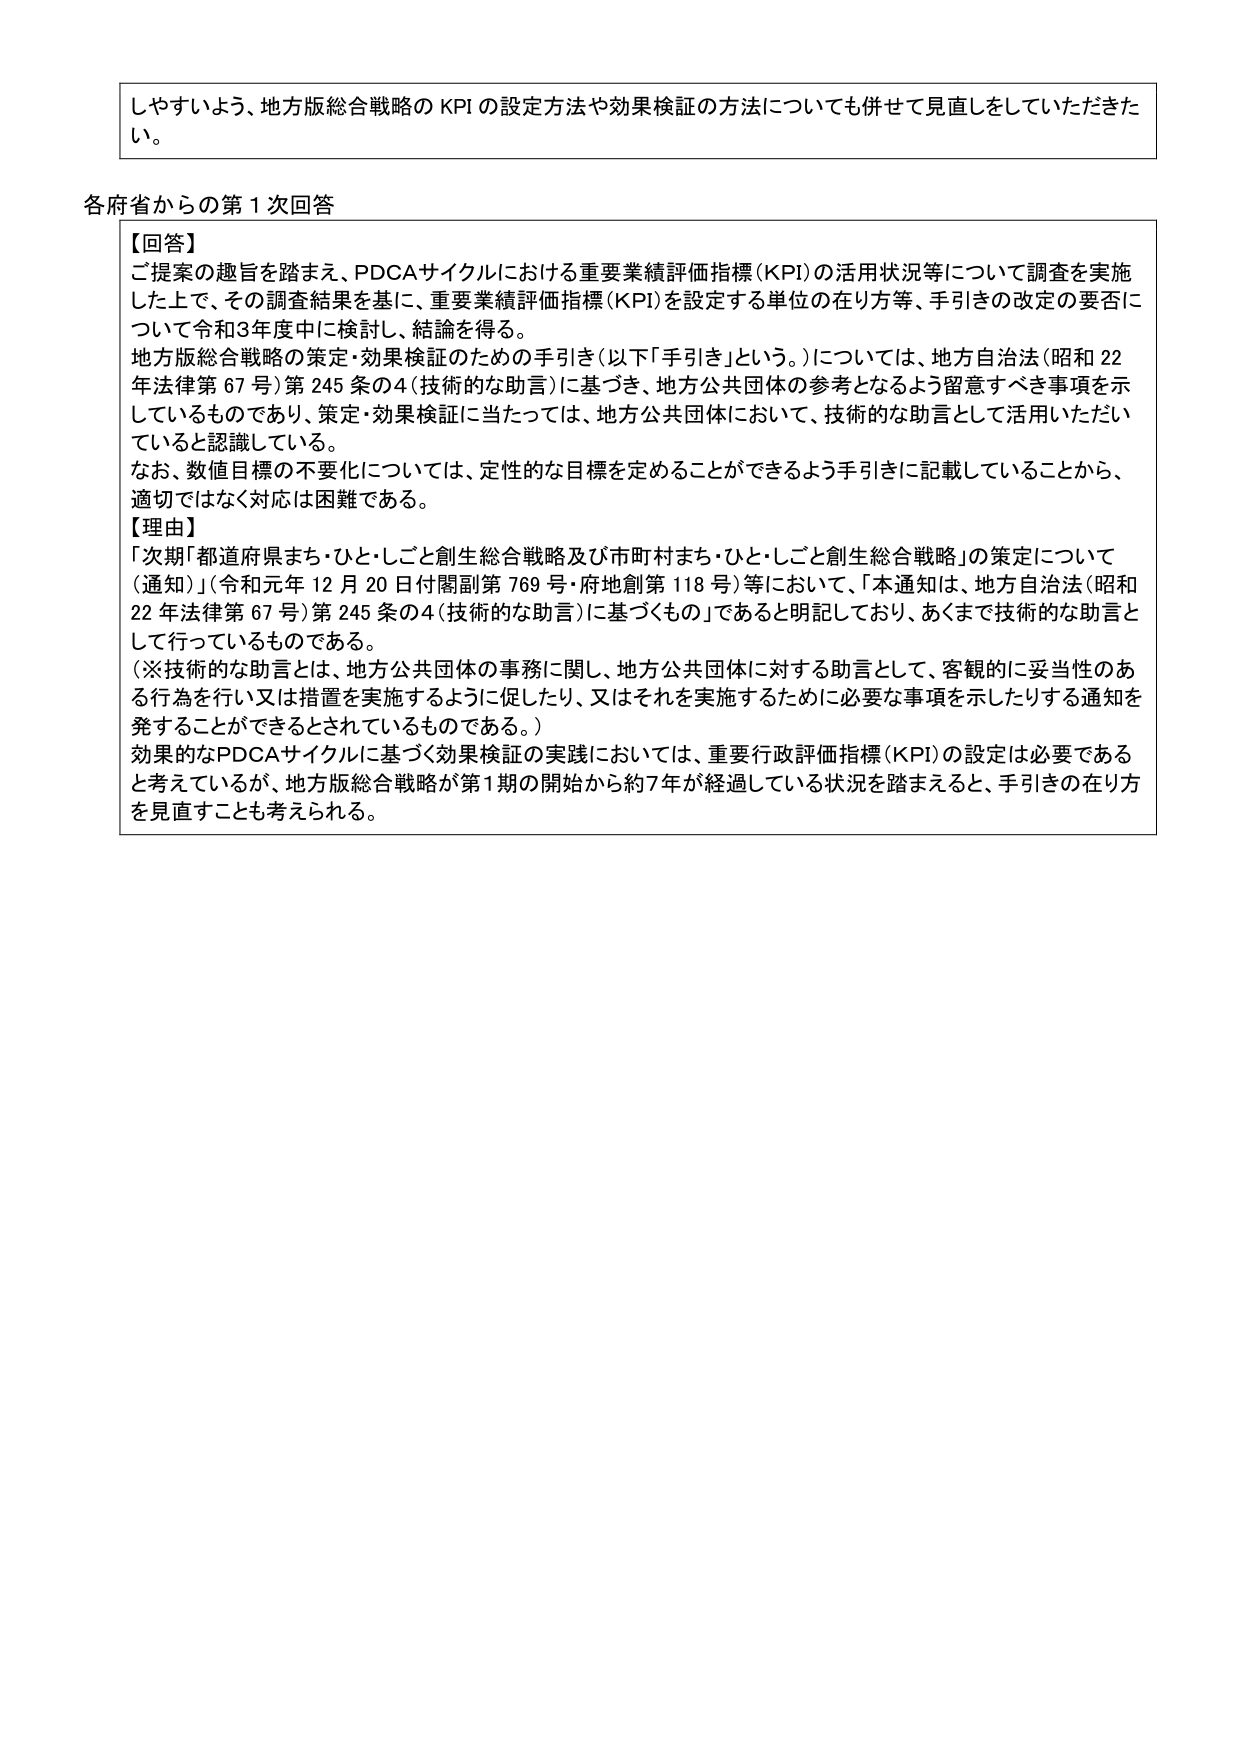
しやすいよう、地方版総合戦略の KPI の設定方法や効果検証の方法についても併せて見直しをしていただきたい。

各府省からの第１次回答

【回答】
ご提案の趣旨を踏まえ、PDCAサイクルにおける重要業績評価指標（KPI）の活用状況等について調査を実施した上で、その調査結果を基に、重要業績評価指標（KPI）を設定する単位の在り方等、手引きの改定の要否について令和3年度中に検討し、結論を得る。
地方版総合戦略の策定・効果検証のための手引き（以下「手引き」という。）については、地方自治法（昭和22年法律第67号）第245条の4（技術的な助言）に基づき、地方公共団体の参考となるよう留意すべき事項を示しているものであり、策定・効果検証に当たっては、地方公共団体において、技術的な助言として活用いただいていると認識している。
なお、数値目標の不要化については、定性的な目標を定めることができるよう手引きに記載していることから、適切ではなく対応は困難である。

【理由】
「次期「都道府県まち・ひと・しごと創生総合戦略及び市町村まち・ひと・しごと創生総合戦略」の策定について（通知）」（令和元年12月20日付関副第769号・府地創第118号）等において、「本通知は、地方自治法（昭和22年法律第67号）第245条の4（技術的な助言）に基づくもの」であると明記しており、あくまで技術的な助言として行っているものである。
（※技術的な助言とは、地方公共団体の事務に関し、地方公共団体に対する助言として、客観的に妥当性のある行為を行い又は措置を実施するように促したり、又はそれを実施するために必要な事項を示したりする通知を発することができると言われているものである。）
効果的なPDCAサイクルに基づく効果検証の実践においては、重要行政評価指標（KPI）の設定は必要であると考えているが、地方版総合戦略が第1期の開始から約7年が経過している状況を踏まえると、手引きの在り方を見直すことも考えられる。